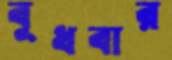
বুধবার